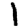
Digit: 1